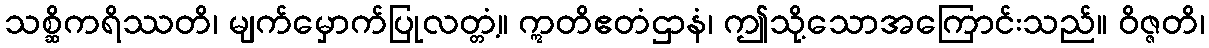
သစ္ဆိကရိဿတိ၊ မျက်မှောက်ပြုလတ္တံ့။ ဣတိဧတံဌာနံ၊ ဤသို့သောအကြောင်းသည်။ ဝိဇ္ဇတိ၊